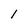
Character: 1